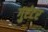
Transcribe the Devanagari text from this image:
गुएंटर